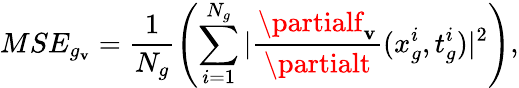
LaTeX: MSE_{g_{\mathbf{v}}}=\frac{{1}}{{N_{g}}}\left(\sum_{i=1}^{N_{g}}|\frac{{\partialf_{\mathbf{v}}}}{{\partialt}}(x_{g}^{i},t_{g}^{i})|^{2}\right),